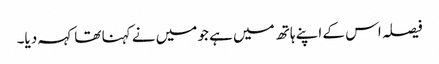
فیصلہ اس کے اپنے ہاتھ میں ہے جو میں نے کہنا تھا کہہ دیا۔